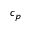
c _ { p }